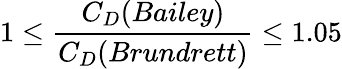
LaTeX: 1\leq\frac{C_{D}(Bailey)}{C_{D}(Brundrett)}\leq 1.05